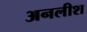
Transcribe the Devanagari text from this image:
अनलीश